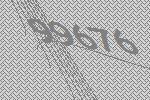
99676